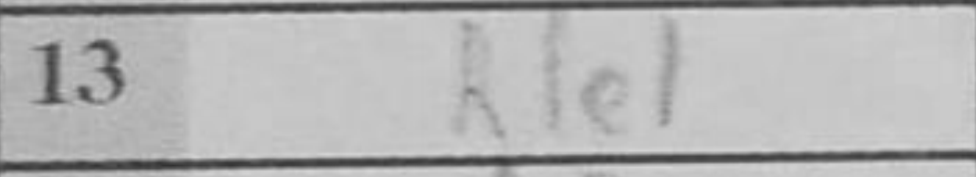
Transcription: Rde1